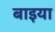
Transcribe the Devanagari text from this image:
बाइया